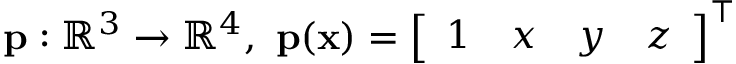
\mathbf { p } : \mathbb { R } ^ { 3 } \to \mathbb { R } ^ { 4 } , \ \mathbf { p } ( \mathbf { x } ) = \left[ \begin{array} { l l l l } { 1 } & { x } & { y } & { z } \end{array} \right] ^ { \intercal }